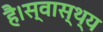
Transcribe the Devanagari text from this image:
है।स्वास्थ्य